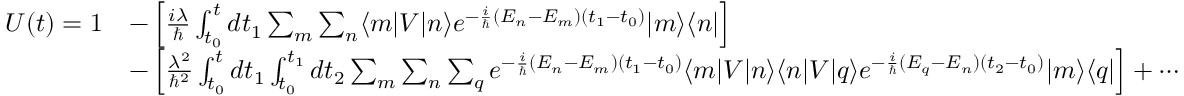
{ \begin{array} { r l } { U ( t ) = 1 } & { - \left[ { \frac { i \lambda } { \hbar } } \int _ { t _ { 0 } } ^ { t } d t _ { 1 } \sum _ { m } \sum _ { n } \langle m | V | n \rangle e ^ { - { \frac { i } { \hbar } } ( E _ { n } - E _ { m } ) ( t _ { 1 } - t _ { 0 } ) } | m \rangle \langle n | \right] } \\ & { - \left[ { \frac { \lambda ^ { 2 } } { \hbar ^ { 2 } } } \int _ { t _ { 0 } } ^ { t } d t _ { 1 } \int _ { t _ { 0 } } ^ { t _ { 1 } } d t _ { 2 } \sum _ { m } \sum _ { n } \sum _ { q } e ^ { - { \frac { i } { \hbar } } ( E _ { n } - E _ { m } ) ( t _ { 1 } - t _ { 0 } ) } \langle m | V | n \rangle \langle n | V | q \rangle e ^ { - { \frac { i } { \hbar } } ( E _ { q } - E _ { n } ) ( t _ { 2 } - t _ { 0 } ) } | m \rangle \langle q | \right] + \cdots } \end{array} }